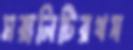
মরালিটিরথস